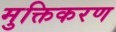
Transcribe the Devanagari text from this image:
मुक्तिकरण